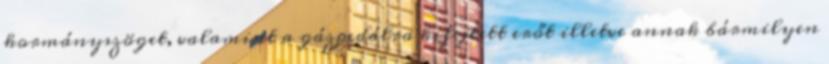
kormányszöget, valamint a gázpedálra kifejtett erőt illetve annak bármilyen